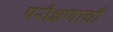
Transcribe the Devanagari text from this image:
परीक्षणाची